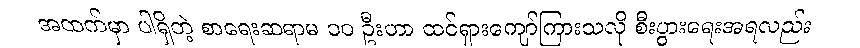
အထက်မှာ ပါရှိတဲ့ စာရေးဆရာမ ၁၀ ဦးဟာ ထင်ရှားကျော်ကြားသလို စီးပွားရေးအရလည်း